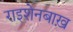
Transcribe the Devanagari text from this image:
राइशेनबाख़